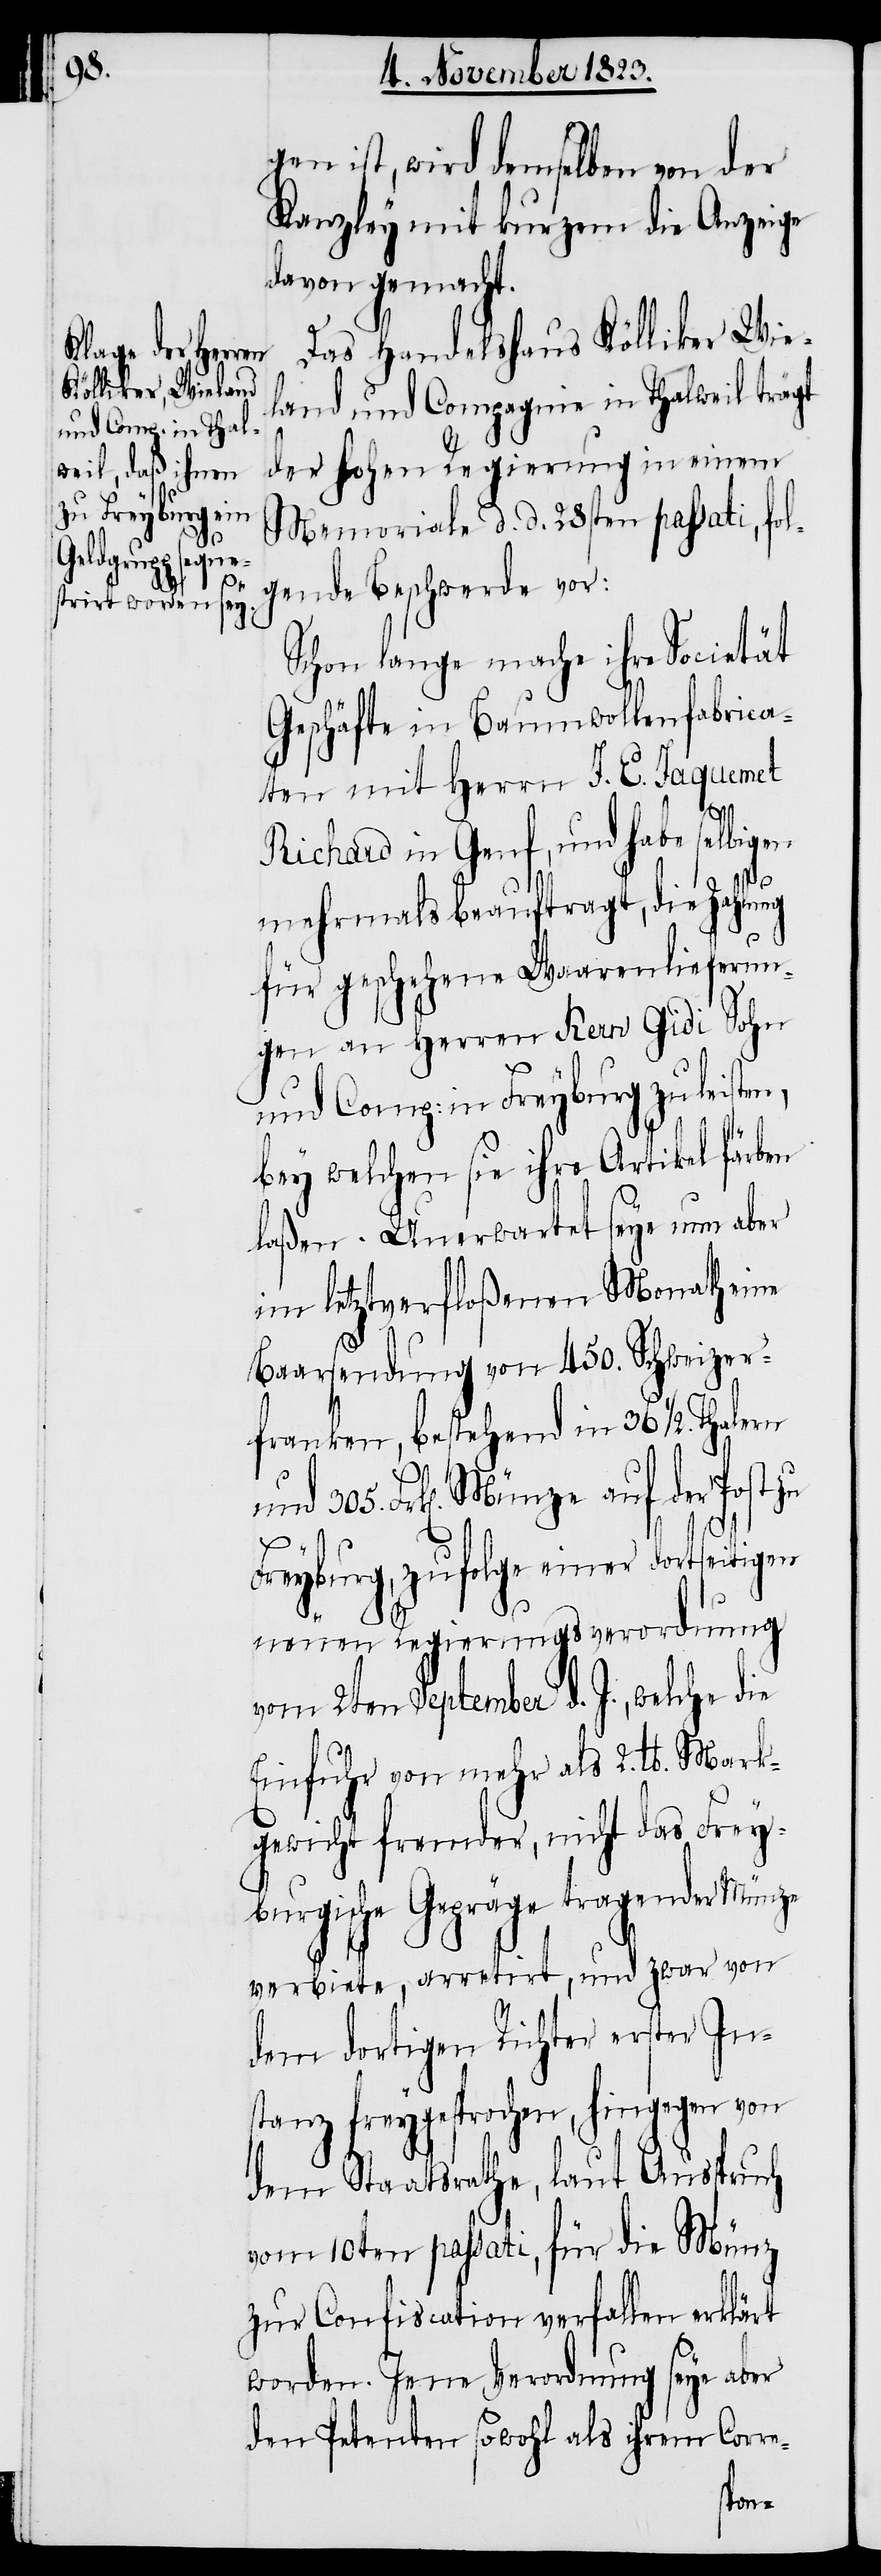
gen ist, wird demselben von der
Kanzley mit kurzem die Anzeige
davon gemacht.
Das Handelshaus Kölliker Wie¬
land und Compagnie in Thalweil trägt
der hohen Regierung in einem
Memoriale d. d. 28sten passati, fol¬
gende Beschwerde vor:
Schon lange mache ihre Societät
Geschäfte in Baumwollenfabrica¬
ten mit Herrn J. E. Jaquemet
Richard in Genf, und habe selbigen
mehrmals beauftragt, die Zahlung
für geschehene Waarenlieferun¬
gen an Herrn Kern Gidi Sohn
und Comp: in Freyburg zu leisten,
bey welchen sie ihre Artikel färben
laßen. Unerwartet seye nun aber
im letztverfloßenen Monath eine
Baarsendung von 450. Schweizer¬
franken, bestehend in 36. ½. Thalern
und 305. Frk[en]. Münze auf der Post zu
Freyburg, zufolge einer dortseitigen
neuen Regierungsverordnung
vom 2ten September d. J., welche die
Einfuhr von mehr als 2. lb. Mark¬
gewicht fremder, nicht das Frey¬
burgische Gepräge tragender Münze
verbiete, arretirt, und zwar von
dem dortigen Richter erster In¬
stanz freygesprochen, hingegen von
dem Staatsrathe, laut Ausspruch
vom 10ten passati, für die Münz
zur Confiscation verfallen erklärt
worden. Jene Verordnung seye aber
den Petenten sowohl als ihrem Corre-